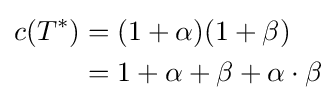
{\begin{aligned}c(T^{*})&=(1+\alpha )(1+\beta )\\&=1+\alpha +\beta +\alpha \cdot \beta \end{aligned}}